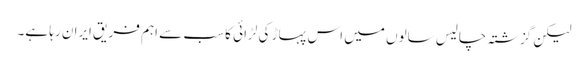
لیکن گزشتہ چالیس سالوں میں اس پہاڑ کی لڑائی کا سب سے اہم فریق ایران رہا ہے۔